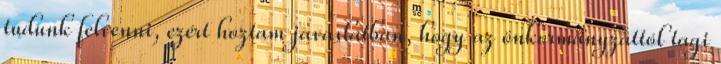
tudunk felvenni, ezért hoztam javaslatban, hogy az önkormányzattól tagi